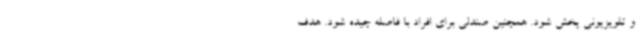
و تلویزیونی پخش شود. همچنین صندلی برای افراد با فاصله چیده شود. هدف